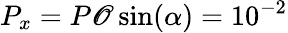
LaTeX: P_{x}=P\mathscr{O}\sin(\alpha)=10^{-2}